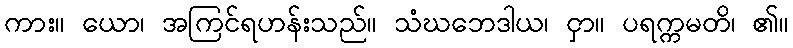
ကား။ ယော၊ အကြင်ရဟန်းသည်။ သံဃဘေဒါယ၊ ငှာ။ ပရက္ကမတိ၊ ၏။